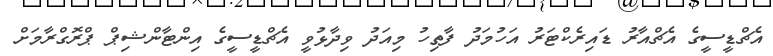
އެޗްޑީސީގެ އެޗްއާރު ޑައިރެކްޓަރު އަހުމަދު ފާތިހު މިއަދު ވިދާޅުވީ އެޗްޑީސީގެ އިންޓާންޝިޕް ޕްރޮގްރާމަށް